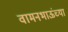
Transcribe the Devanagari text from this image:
वामनभाऊंच्या